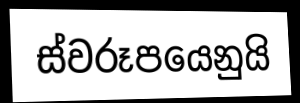
ස්වරූපයෙනුයි